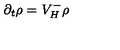
\partial _ { t } \rho = V _ { H } ^ { - } \rho